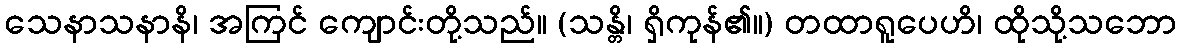
သေနာသနာနိ၊ အကြင် ကျောင်းတို့သည်။ (သန္တိ၊ ရှိကုန်၏။) တထာရူပေဟိ၊ ထိုသို့သဘော